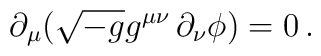
\partial_\mu(\sqrt{-g}g^{\mu\nu}\,\partial_\nu\phi)=0\,.